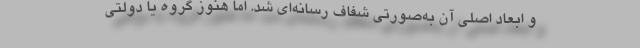
و ابعاد اصلی آن به‌صورتی شفاف رسانه‌ای ‌شد. اما هنوز گروه یا دولتی